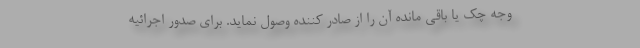
وجه چک یا باقی مانده آن را از صادر کننده وصول نماید. برای صدور اجرائیه